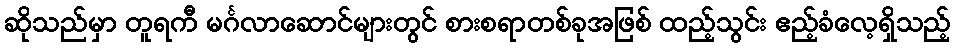
ဆိုသည်မှာ တူရကီ မင်္ဂလာဆောင်များတွင် စားစရာတစ်ခုအဖြစ် ထည့်သွင်း ဧည့်ခံလေ့ရှိသည့်